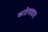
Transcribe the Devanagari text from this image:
काठेवाडात